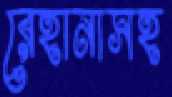
রেহানাসহ